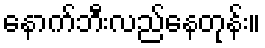
နောက်ဘီးလည်နေတုန်း။